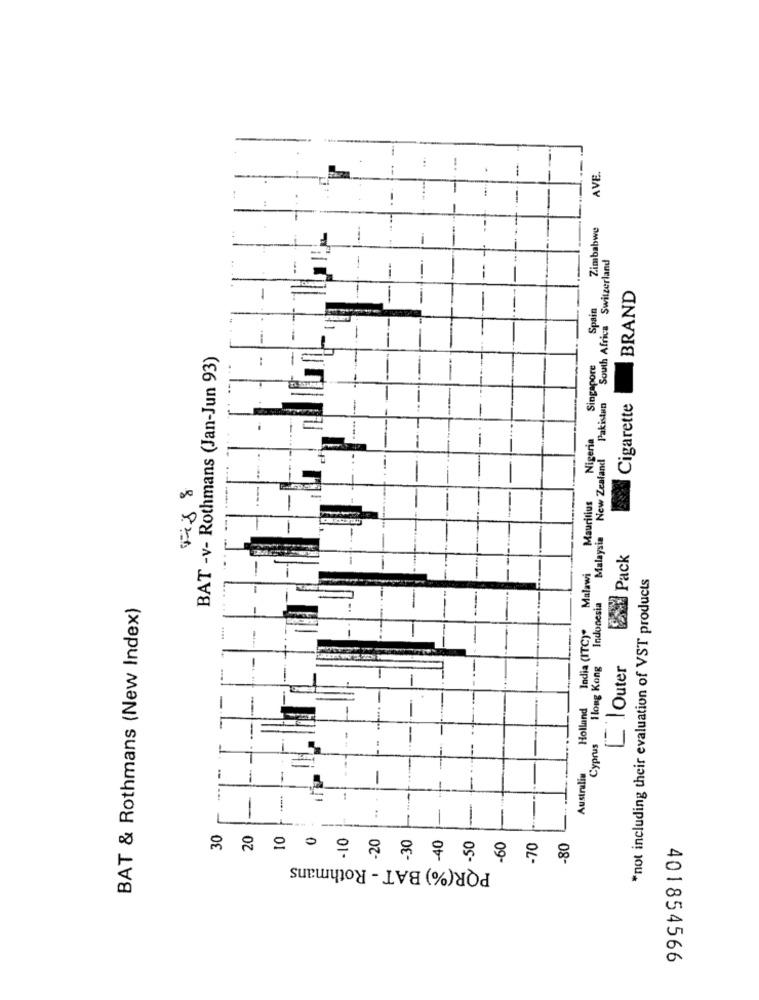
AVE.
Zimbabwe
South Africa Switzerland
.
BRAND
Spain
-
BAT -v- Rothmans (Jan-Jun 93)
Singapore
Indonesia Malaysia New Zealand Pakistan
Cigarette
=
-..
Nigeria
Mauritius
-
Pack
Malawi
*not including their evaluation of VST products
BAT & Rothmans (New Index)
India (ITC)"
Hong Kong
[ Outer
Holland
-.
Cyprus
-
-
Australia
-
30
20
10
-70
-80
PQR(%) BAT - Rothmans
401854566